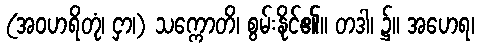
(အဝဟရိတုံ၊ ငှာ၊) သက္ကောတိ၊ စွမ်းနိုင်၏။ တဒါ၊ ၌။ အဟေရ၊